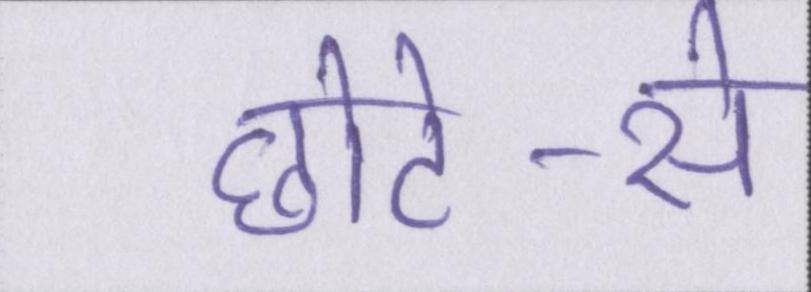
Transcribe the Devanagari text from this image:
छोटे-से